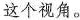
这个视角。